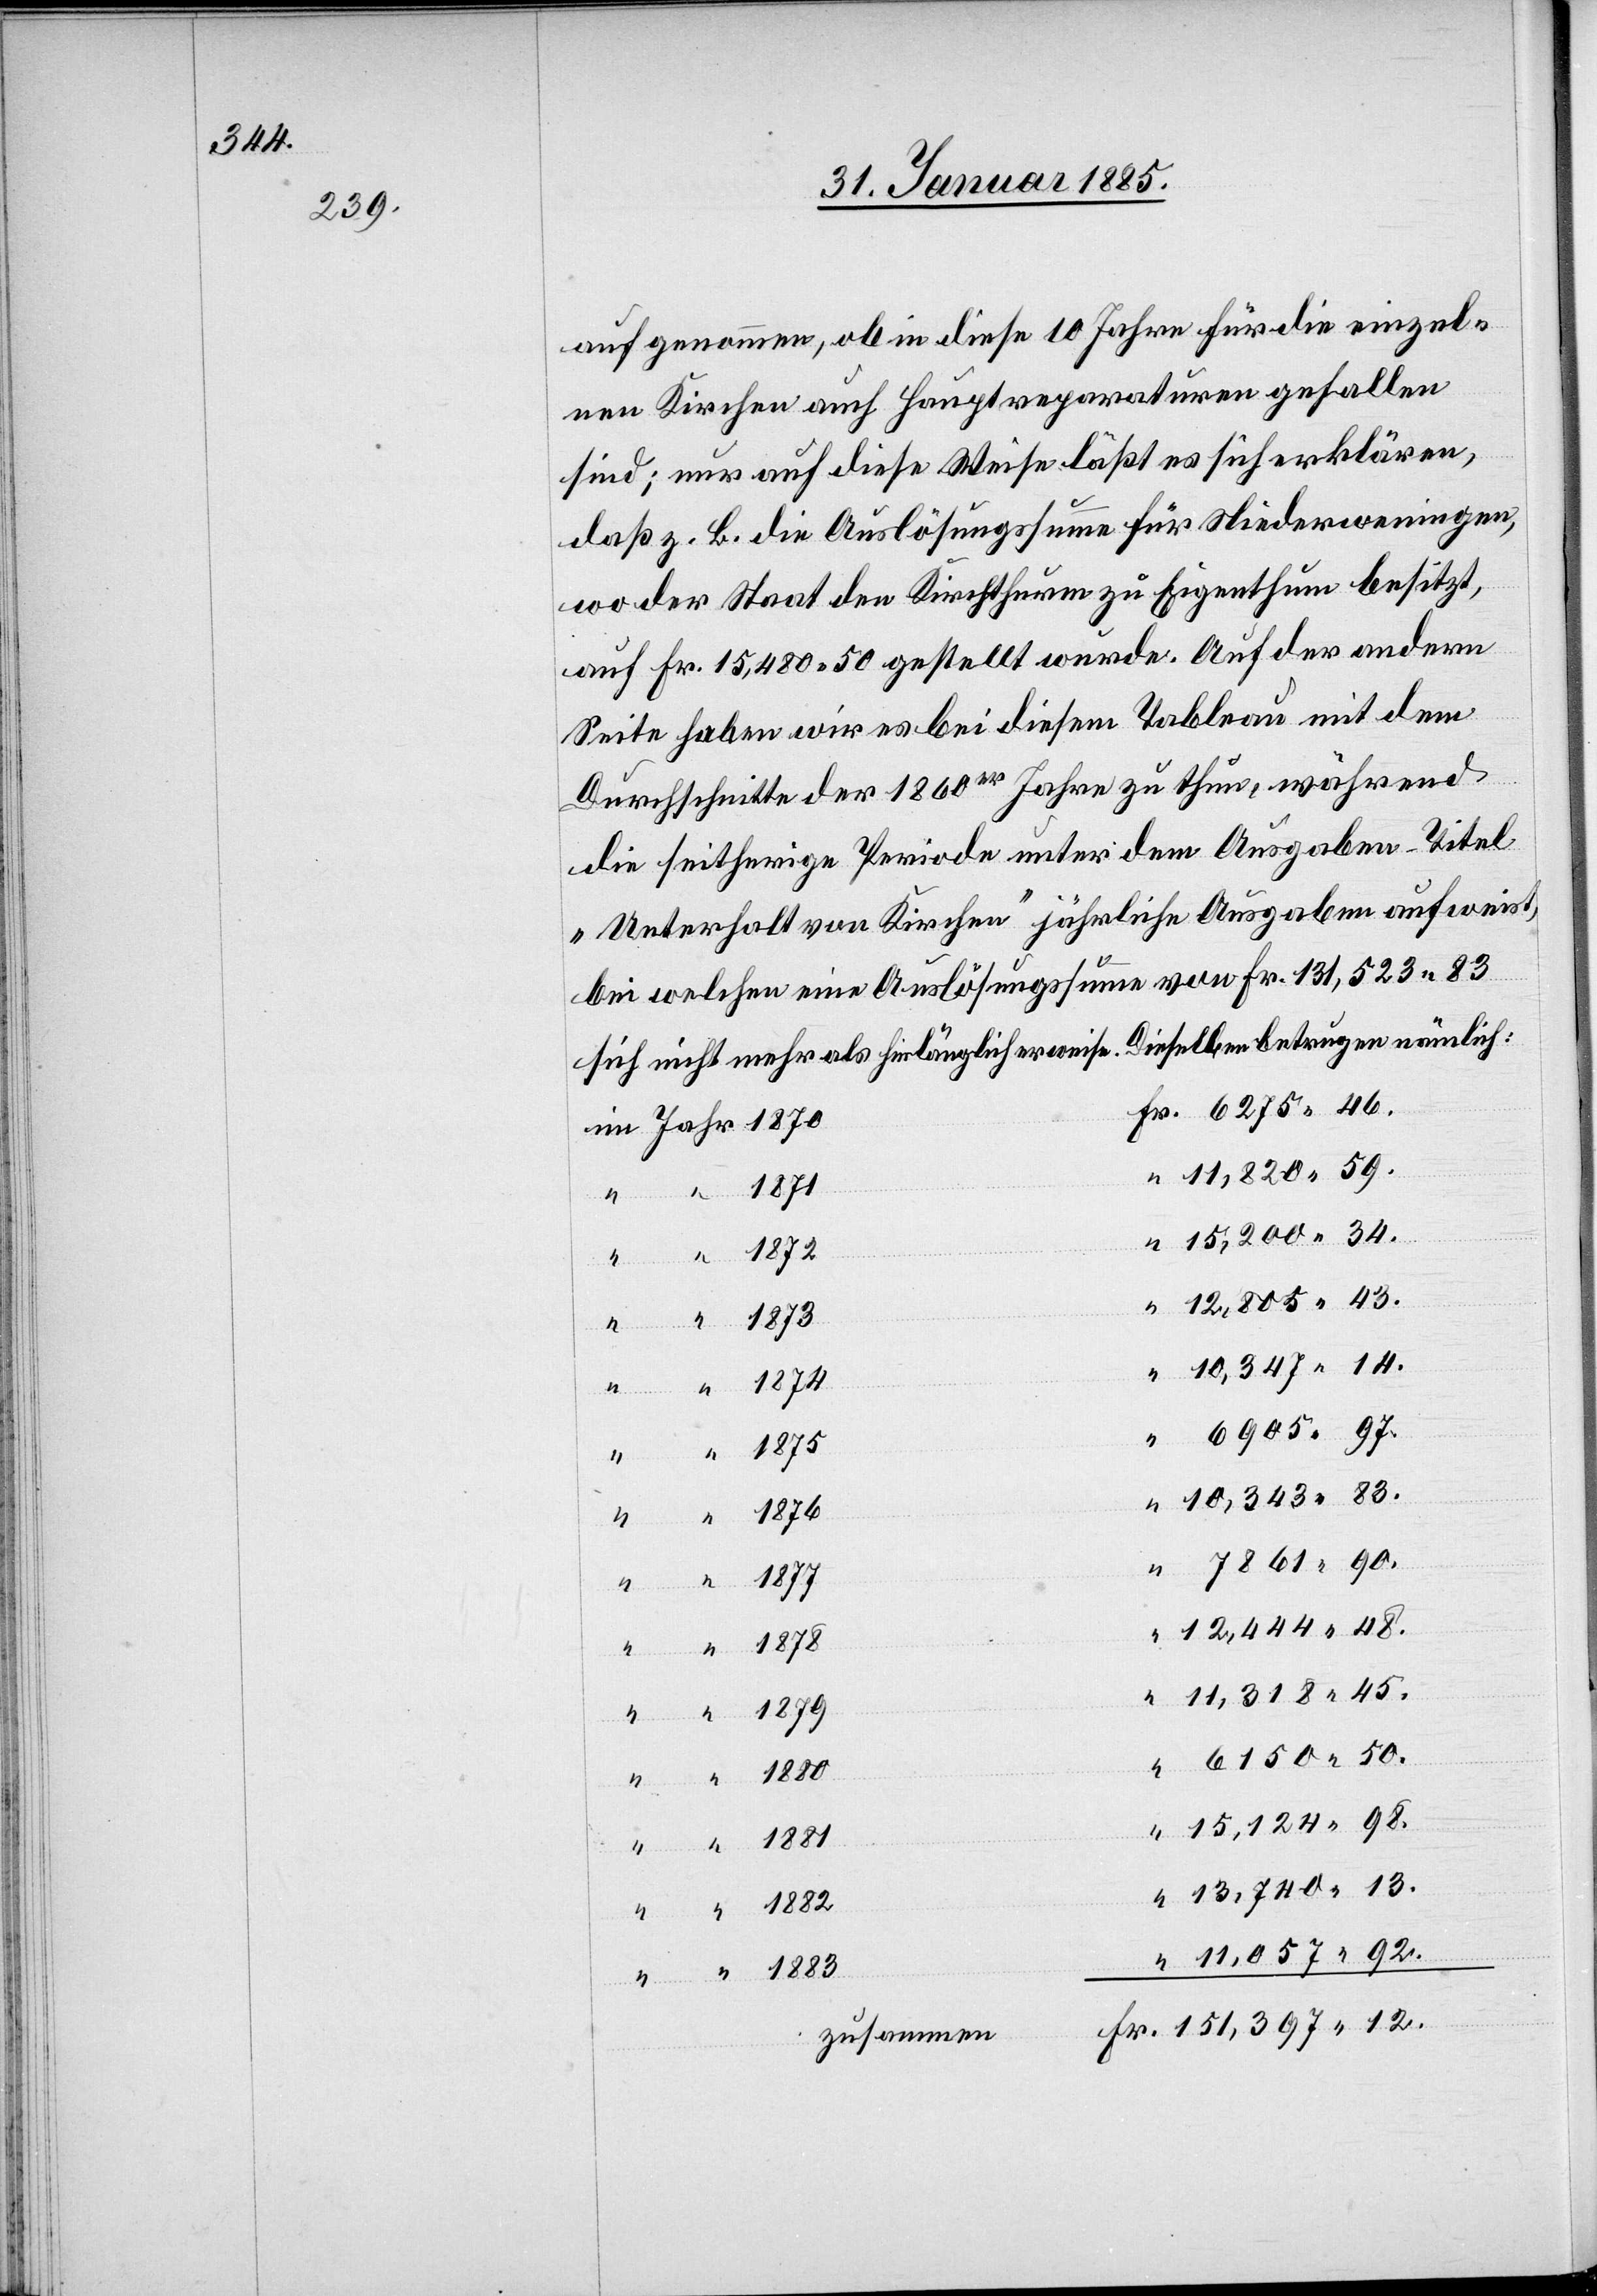
12,444

auf genommen, ob diese 10 Jahre für die einzel¬
nen Kirchen auch Hauptreparaturen gefallen
sind; nur auf diese Weise läßt es sich erklären,
daß z. B. die Auslösungssumme für Niederweningen,
wo der Staat den Kirchthurm zu Eigenthum besitzt,
auf Fr. 15,480 50 gestellt wurde. Auf der andern
Seite haben wir es bei diesem Tableau mit dem
Durschnitte der 1860er Jahre zu thun, während
die seitherige Periode unter dem Ausgaben-Titel
„Unterhalt von Kirchen“ jährliche Ausgaben aufweist,
bei welchen eine Auslösungssumme von Fr. 131,523 83
sich nicht mehr als hinlänglich erweise. Dieselben betrugen nämlich:
1881
Fr.
92.
im
1873
34.
12.
zusammen